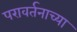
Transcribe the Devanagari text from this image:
परावर्तनाच्या